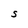
Character: S